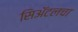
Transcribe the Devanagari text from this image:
सिॲटलचा